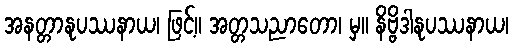
အနတ္တာနုပဿနာယ၊ ဖြင့်။ အတ္တသညာတော၊ မှ။ နိဗ္ဗိဒါနုပဿနာယ၊